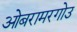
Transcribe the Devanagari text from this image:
ओबरामरगोउ